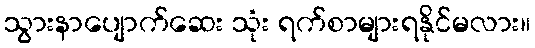
သွားနာပျောက်ဆေး သုံး ရက်စာများရနိုင်မလား။